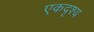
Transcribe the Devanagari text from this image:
एकदृश्य